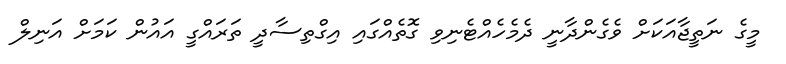
މީގެ ނަތީޖާއަކަށް ވެގެންދާނީ ދެމެހެއްޓެނިވި ގޮތެއްގައި އިގްތިސާދީ ތަރައްގީ އައުން ކަމަށް އަނިލް